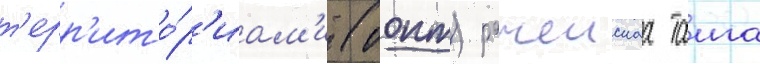
т'ерр'ито́р'иам'и (оопт) рачеискаа таига